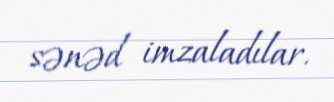
sənəd imzaladılar.